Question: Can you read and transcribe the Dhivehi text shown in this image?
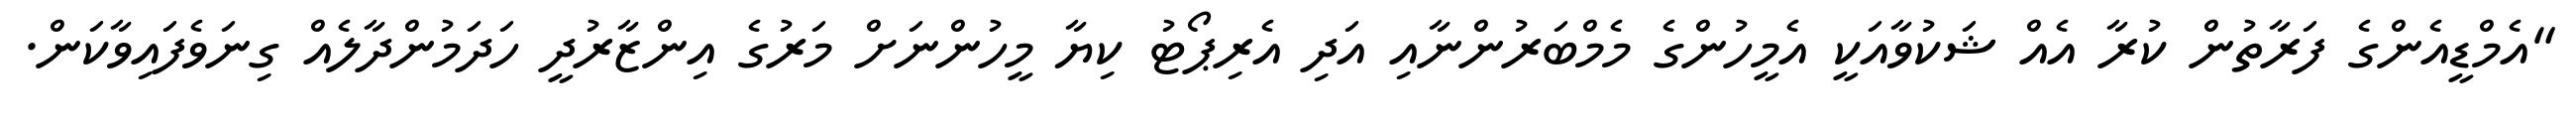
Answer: "އެމްޑީއެންގެ ފަރާތުން ކުރާ އެއް ޝަކުވާއަކީ އެމީހުންގެ މެމްބަރުންނާއި އަދި އެރިޕޯޓު ކިޔާ މީހުންނަށް މަރުގެ އިންޒާރުދީ ހަދަމުންދާލެއް ގިނަވެފައިވާކަން.